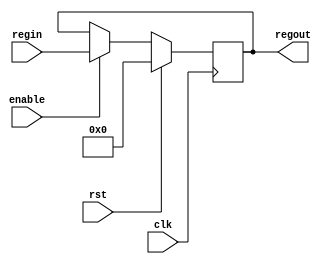
module register(clk, rst, enable, regin, regout);

input clk, rst, enable;
input [31:0] regin;

output reg [31:0] regout;

always@(posedge clk) begin
    if (rst)  
        regout <= 32'b0;
    else if (enable)  
        regout <= regin;
end
endmodule